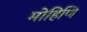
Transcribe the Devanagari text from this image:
मोहिणि